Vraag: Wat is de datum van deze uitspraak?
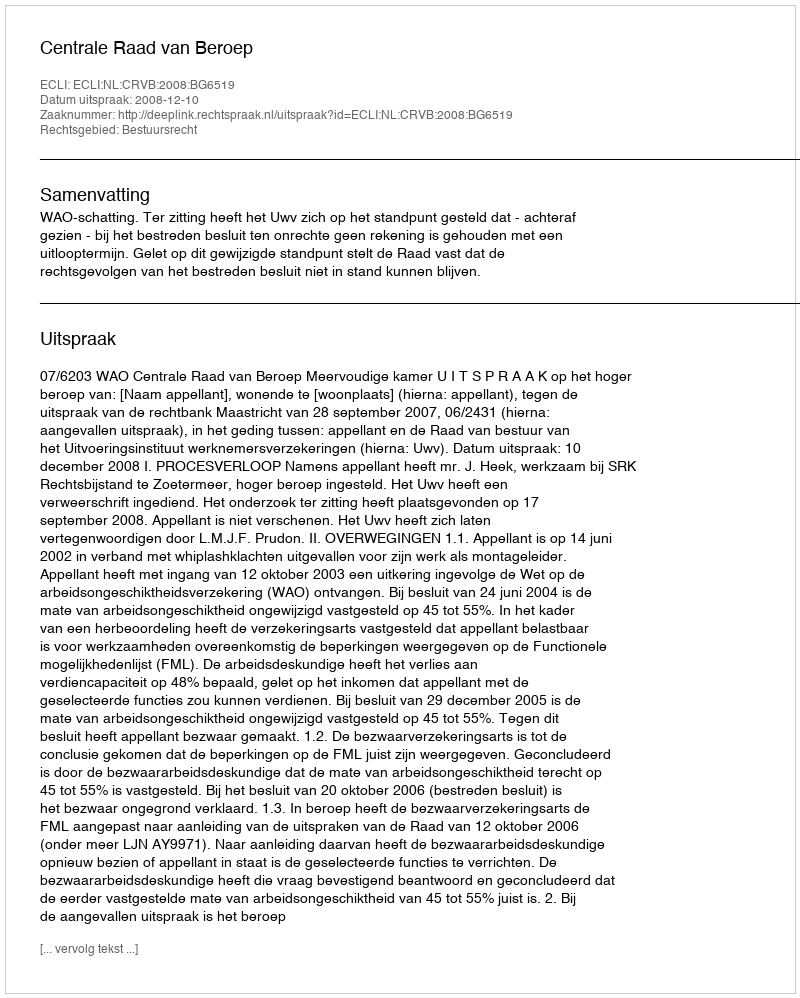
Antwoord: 2008-12-10